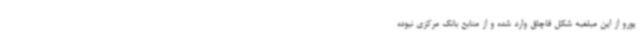
یورو از این مبلغبه شکل قاچاق وارد شده و از منابع بانک مرکزی نبوده